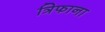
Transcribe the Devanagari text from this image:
त्रिफाना